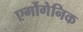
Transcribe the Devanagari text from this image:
एर्गोगेनिक